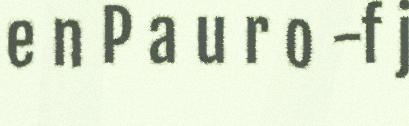
e n P a u r o -f j